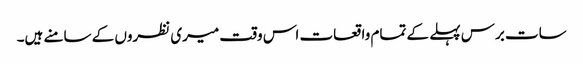
سات برس پہلے کے تمام واقعات اس وقت میری نظروں کے سامنے ہیں۔